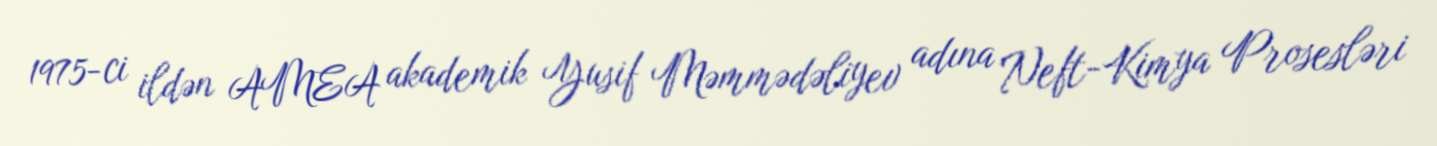
1975-ci ildən AMEA akademik Yusif Məmmədəliyev adına Neft-Kimya Prosesləri